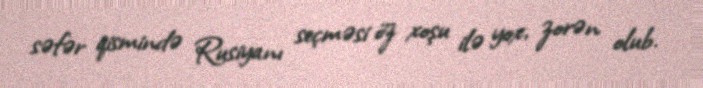
səfər qismində Rusiyanı seçməsi öz xoşu ilə yox, zorən olub.